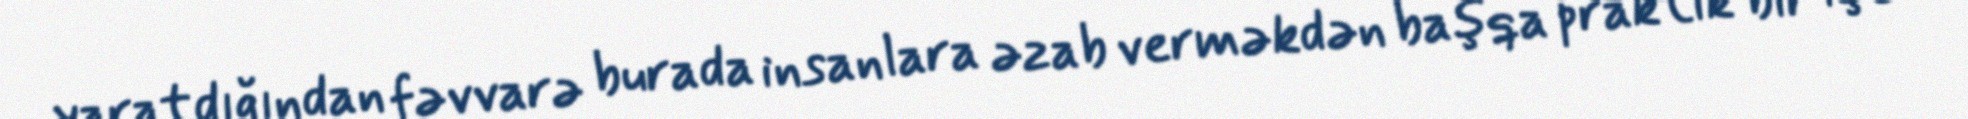
yaratdığından fəvvarə burada insanlara əzab verməkdən başqa praktik bir işə